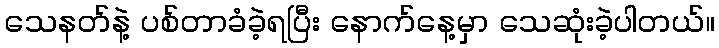
သေနတ်နဲ့ ပစ်တာခံခဲ့ရပြီး နောက်နေ့မှာ သေဆုံးခဲ့ပါတယ်။